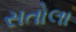
સતોલા